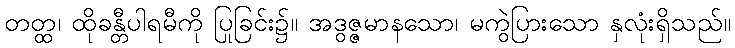
တတ္ထ၊ ထိုခန္တီပါရမီကို ပြုခြင်း၌။ အဒွဇ္ဇမာနသော၊ မကွဲပြားသော နှလုံးရှိသည်။